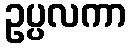
ဥပ္ပလကာ